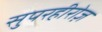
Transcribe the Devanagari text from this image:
सुपरहीरोज़